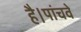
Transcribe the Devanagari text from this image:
है।पांचवे